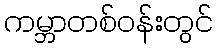
ကမ္ဘာတစ်ဝန်းတွင်